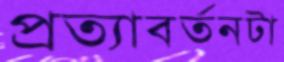
প্রত্যাবর্তনটা